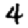
Digit: 4